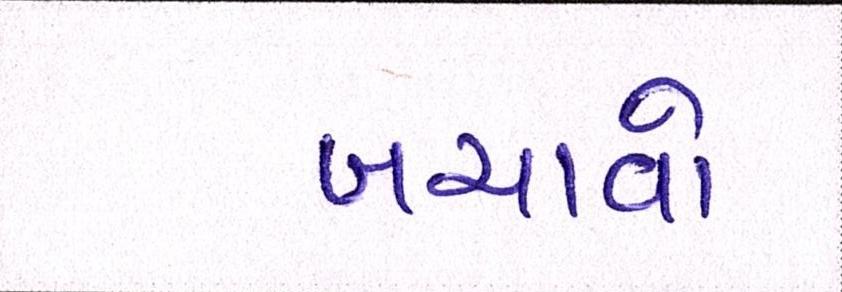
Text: બચાવો